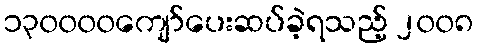
၁၃၀၀၀၀ကျော်ပေးဆပ်ခဲ့ရသည့် ၂၀၀၈